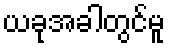
ယခုအခါတွင်မူ